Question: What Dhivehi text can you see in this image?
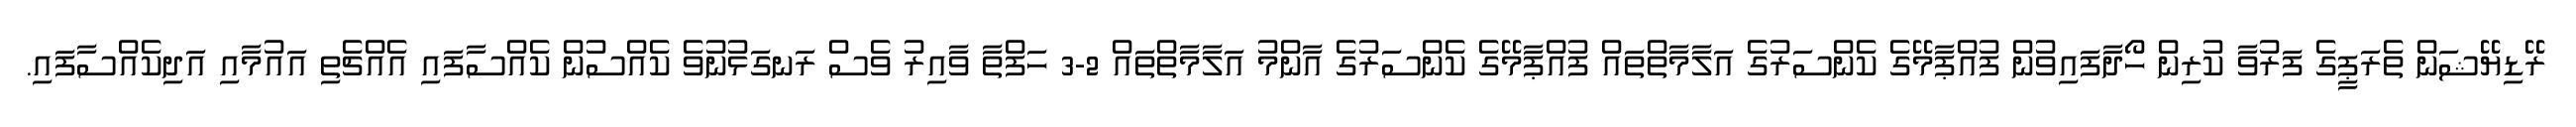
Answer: ރޭޑިޔޭޝަން ތެރަޕީގެ ފަރުވާ ކުރިން ހޯދާފައިވުން ފުއްޕާމޭގެ ކެންސަރުގެ އަލާމާތްތައް ފުއްޕާމޭގެ ކެންސަރުގެ އާންމު އަލާމާތްތައް 2-3 ހަފްތާ ވާއިރު ވެސް ރަނގަޅުނުވެ ކެއްސުން ކެއްސާފައި އެއްޗެތި އައުމާއި އަދިކެއްސާފައި.